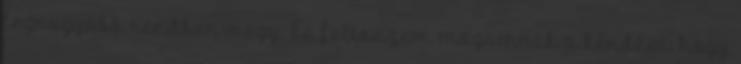
legnagyobb rendben megy. És felteszem magamnak a kérdést: hogy